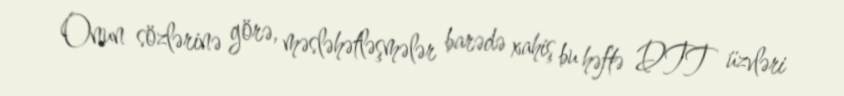
Onun sözlərinə görə, məsləhətləşmələr barədə xahiş bu həftə DTT üzvləri